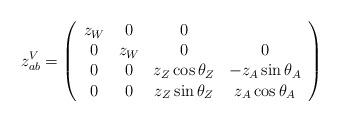
LaTeX: \begin{align*}z^V_{ a b} = \left(\begin{array}{cccc} z_W& 0& 0 \\ 0 & z_W & 0& 0\\ 0 & 0 & z_Z \cos \theta_Z & - z_A \sin \theta_A \\ 0 & 0 & z_Z \sin \theta_Z & z_A \cos \theta_A \end{array}\right)\end{align*}